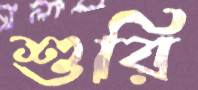
শুরি